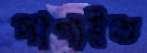
লাগাইত